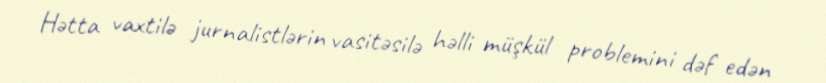
Hətta vaxtilə jurnalistlərin vasitəsilə həlli müşkül problemini dəf edən